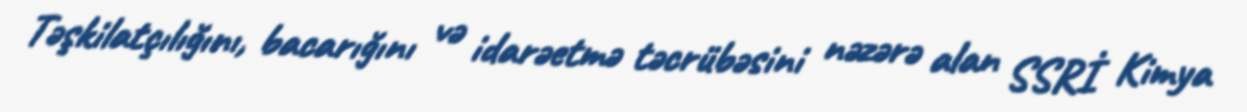
Təşkilatçılığını, bacarığını və idarəetmə təcrübəsini nəzərə alan SSRİ Kimya